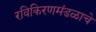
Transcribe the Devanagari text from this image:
रविकिरणमंडळाचे